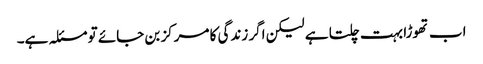
اب تھوڑا بہت چلتا ہے لیکن اگر زندگی کا مرکز بن جائے تو مسئلہ ہے۔